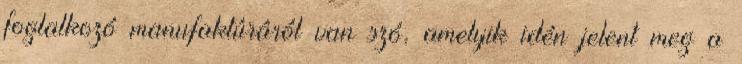
foglalkozó manufaktúráról van szó, amelyik idén jelent meg a